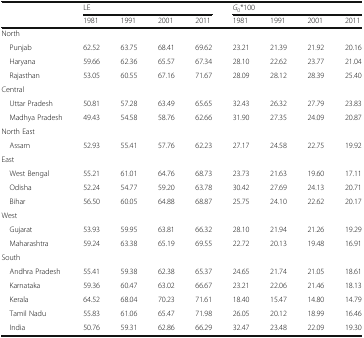
<table><thead><tr><td rowspan="2"></td><td colspan="4"><b>LE</b></td><td colspan="4"><b><i>G</i><sub>0</sub>*100</b></td></tr><tr><td><b>1981</b></td><td><b>1991</b></td><td><b>2001</b></td><td><b>2011</b></td><td><b>1981</b></td><td><b>1991</b></td><td><b>2001</b></td><td><b>2011</b></td></tr></thead><tbody><tr><td colspan="9">North</td></tr><tr><td> Punjab</td><td>62.52</td><td>63.75</td><td>68.41</td><td>69.62</td><td>23.21</td><td>21.39</td><td>21.92</td><td>20.16</td></tr><tr><td> Haryana</td><td>59.66</td><td>62.36</td><td>65.57</td><td>67.34</td><td>28.10</td><td>22.62</td><td>23.77</td><td>21.04</td></tr><tr><td> Rajasthan</td><td>53.05</td><td>60.55</td><td>67.16</td><td>71.67</td><td>28.09</td><td>28.12</td><td>28.39</td><td>25.40</td></tr><tr><td colspan="9">Central</td></tr><tr><td> Uttar Pradesh</td><td>50.81</td><td>57.28</td><td>63.49</td><td>65.65</td><td>32.43</td><td>26.32</td><td>27.79</td><td>23.83</td></tr><tr><td> Madhya Pradesh</td><td>49.43</td><td>54.58</td><td>58.76</td><td>62.66</td><td>31.90</td><td>27.35</td><td>24.09</td><td>20.87</td></tr><tr><td colspan="9">North East</td></tr><tr><td> Assam</td><td>52.93</td><td>55.41</td><td>57.76</td><td>62.23</td><td>27.17</td><td>24.58</td><td>22.75</td><td>19.92</td></tr><tr><td colspan="9">East</td></tr><tr><td> West Bengal</td><td>55.21</td><td>61.01</td><td>64.76</td><td>68.73</td><td>23.73</td><td>21.63</td><td>19.60</td><td>17.11</td></tr><tr><td> Odisha</td><td>52.24</td><td>54.77</td><td>59.20</td><td>63.78</td><td>30.42</td><td>27.69</td><td>24.13</td><td>20.71</td></tr><tr><td> Bihar</td><td>56.50</td><td>60.05</td><td>64.88</td><td>68.87</td><td>25.75</td><td>24.10</td><td>22.62</td><td>20.17</td></tr><tr><td colspan="9">West</td></tr><tr><td> Gujarat</td><td>53.93</td><td>59.95</td><td>63.81</td><td>66.32</td><td>28.10</td><td>21.94</td><td>21.26</td><td>19.29</td></tr><tr><td> Maharashtra</td><td>59.24</td><td>63.38</td><td>65.19</td><td>69.55</td><td>22.72</td><td>20.13</td><td>19.48</td><td>16.91</td></tr><tr><td colspan="9">South</td></tr><tr><td> Andhra Pradesh</td><td>55.41</td><td>59.38</td><td>62.38</td><td>65.37</td><td>24.65</td><td>21.74</td><td>21.05</td><td>18.61</td></tr><tr><td> Karnataka</td><td>59.36</td><td>60.47</td><td>63.02</td><td>66.67</td><td>23.21</td><td>22.06</td><td>21.46</td><td>18.13</td></tr><tr><td> Kerala</td><td>64.52</td><td>68.04</td><td>70.23</td><td>71.61</td><td>18.40</td><td>15.47</td><td>14.80</td><td>14.79</td></tr><tr><td> Tamil Nadu</td><td>55.83</td><td>61.06</td><td>65.47</td><td>71.98</td><td>26.05</td><td>20.12</td><td>18.99</td><td>16.46</td></tr><tr><td> India</td><td>50.76</td><td>59.31</td><td>62.86</td><td>66.29</td><td>32.47</td><td>23.48</td><td>22.09</td><td>19.30</td></tr></tbody></table>